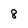
Character: 8